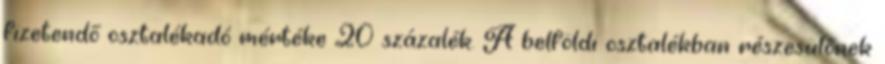
fizetendő osztalékadó mértéke 20 százalék. A belföldi osztalékban részesülőnek